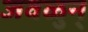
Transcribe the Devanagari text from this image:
जवळुन्